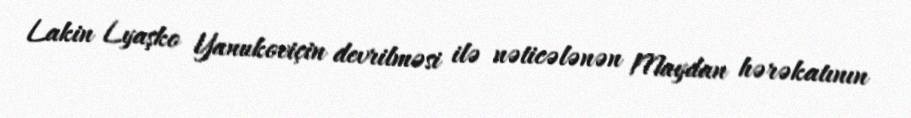
Lakin Lyaşko Yanukoviçin devrilməsi ilə nəticələnən Maydan hərəkatının